Insane asylums in Bengal annual reports 1876-1887 - 1876-1887
Year: 1876
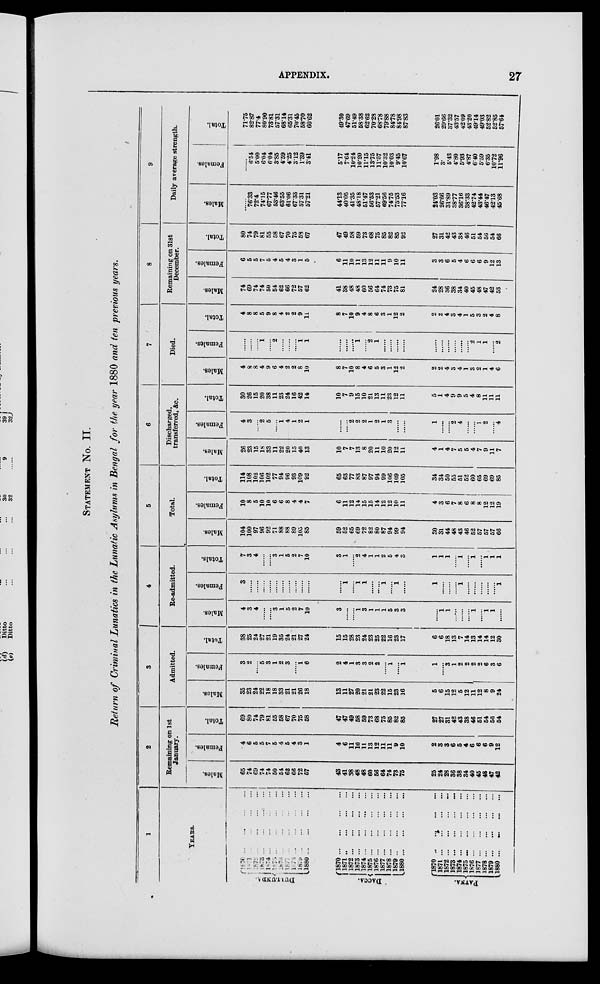
APPENDIX.
27
STATEMENT No. II.
Return of Criminal Lunatics in the Lunatic Asylums in Bengal for the year 1880 and ten previous years.
1
YEARS.
DULLUNDA.
DACCA.
PATNA.
1870 ... ... ... ...
1871 ... ... ... ...
1872 ... ... ... ...
1873 ... ... ... ...
1874 ... ... ... ...
1875 ... ... ... ...
1876 ... ... ... ...
1877 ... ... ... ...
1878 ... ... ... ...
1879 ... ... ... ...
1880 ... ... ... ...
1870 ... ... ... ...
1871 ... ... ... ...
1872 ... ... ... ...
1873 ... ... ... ...
1874 ... ... ... ...
1875 ... ... ... ...
1876 ... ... ... ...
1877...
...
...
...
1878...
...
...
...
1879...
...
...
...
1880...
...
...
...
1870 ... ... ... ...
1871...
...
...
...
1872...
...
...
...
1873... ... ... ...
1874...
...
...
...
1875 ... ... ... ...
1876...
...
...
...
1877...
...
...
...
1878...
...
...
...
1879...
...
...
...
1880 ... ... ... ...
2
Remaining on 1st
January.
Males.
65
74
69
74
74
50
54
62
66
72
57
43
41
38
48
48
60
56
64
74
73
75
25
24
28
36
38
34
40
45
48
47
42
Females.
4
6
5
5
7
5
4
5
4
3
1
4
6
11
10
11
13
12
11
11
9
10
2
3
3
6
5
4
6
6
6
9
12
Total.
69
80
74
79
81
55
58
67
70
75
58
47
47
49
58
59
73
68
75
85
82
85
27
27
31
42
43
38
46
51
54
56
54
3
Admitted.
Males.
35
23
24
22
18
18
33
21
21
26
18
13
11
27
20
21
21
23
22
15
23
16
5
6
15
12
5
12
11
12
8
9
24
Females.
3
2
...
5
3
1
2
3
......
1
6
2
4
1
3
3
2
2
......
1
......
1
1
......
3
1
2
2
2
2
6
3
6
Total.
38
25
24
27
21
19
35
24
21
27
24
15
15
28
23
24
23
25
22
16
23
17
6
6
18
13
7
14
13
14
14
12
30
4
Re-admitted.
Males.
4
3
4
......
......
3
1
5
2
7
10
3
......
......
1
3
1
1
1
5
3
3
......
1
1
......
......
......
1
......
1
1
......
Females.
3
......
......
......
......
......
......
......
......
......
......
......
1
......
1
1
......
......
1
......
1
......
1
......
......
......
1
......
......
......
......
......
1
Totals.
7
3
4
......
......
3
1
5
2
7
10
3
1
......
2
4
1
1
2
5
4
3
1
1
1
......
1
1
......
1
1
1
5
Total.
Males.
104
100
97
96
92
71
88
88
89
105
85
59
52
65
69
72
82
80
87
94
99
94
30
31
44
48
43
46
52
57
57
57
66
Females.
10
8
5
10
10
6
6
8
4
4
7
6
11
12
14
15
15
14
12
12
10
11
4
3
6
7
8
6
8
8
12
12
19
Total.
114
108
102
106
102
77
94
96
93
109
92
65
63
77
83
87
97
94
99
106
109
105
34
34
50
55
51
52
60
65
69
69
85
6
Discharged,
transferred, &c.
Males.
26
23
15
18
33
11
22
20
15
40
13
10
7
7
13
8
20
11
10
20
12
11
4
1
4
7
5
5
4
7
9
11
7
Females.
4
3
......
2
5
......
1
4
1
2
1
......
... ...
2
2
2
1
2
1
3
......
......
1
......
......
2
4
......
......
1
2
......
4
Total.
30
26
15
20
38
11
23
24
16
42
14
10
7
9
15
10
21
13
11
23
12
11
5
1
4
9
9
5
4
8
11
11
11
7
Died.
Males.
4
8
8
4
9
6
4
2
2
8
10
8
7
10
8
4
6
5
3
1
12
2
2
2
4
3
4
1
3
2
1
4
6
Females.
......
......
......
1
......
2
......
......
......
l
l
......
......
......
1
......
2
1
......
......
......
......
......
......
......
......
......
......
2
1
1
......
2
Total.
4
8
8
5
9
8
4
2
2
9
11
8
7
10
9
4
8
6
3
1
12
2
2
2
4
3
4
1
5
3
2
4
8
8
Remaining on 31st
December.
Males.
74
69
74
74
50
54
62
66
72
57
62
41
38
48
48
60
56
64
74
73
75
81
24
28
36
38
34
40
45
48
47
42
53
Females.
6
5
5
7
5
4
5
4
3
1
5
6
11
10
11
13
12
11
11
9
10
11
3
3
6
5
4
6
6
6
9
12
13
Total.
80
74
79
81
55
58
67
70
75
58
67
47
49
58
59
73
68
75
85
82
85
92
27
31
42
43
38
46
51
54
56
54
66
9
Daily average strength.
Males.
......
76.33
72.4
74.15
67.77
53.46
63.55
61.06
67.33
57.31
57.21
44.13
40.05
41.35
48.18
51.47
56.53
57.21
69.56
74.75
75.53
77.16
24.03
26.66
31.89
38.77
36.16
38.33
42.74
43.44
46.47
42.13
45.68
Females.
......
6.54
5.00
6.04
6.04
3.85
4.59
4.25
3.12
1.39
3.41
5.17
7.64
10.24
10.20
11.15
13.75
11.57
10.32
10.03
9.45
10.67
1.98
3.
5.43
4.80
5.93
4.87
6.40
5.59
6.35
10.72
11.96
Total.
71.75
82.87
77.4
80.90
73.81
57.31
68.14
65.31
70.45
58.70
60.62
49.30
47.69
51.49
58.38
62.62
70.28
68.78
79.88
87.78
84.98
87.83
26.01
29.66
37.32
43.57
42.09
43.20
49.14
49.03
52.82
52.85
57.64